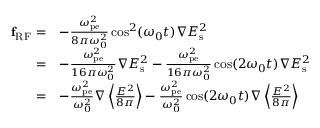
\begin{array} { r l } { \mathbf { f } _ { \mathrm { { R F } } } = } & { - \frac { \omega _ { \mathrm { p e } } ^ { 2 } } { 8 \pi \omega _ { 0 } ^ { 2 } } \cos ^ { 2 } ( \omega _ { 0 } t ) \boldsymbol \nabla { E } _ { \mathrm { s } } ^ { 2 } } \\ { = } & { - \frac { \omega _ { \mathrm { p e } } ^ { 2 } } { 1 6 \pi \omega _ { 0 } ^ { 2 } } \boldsymbol \nabla { E } _ { \mathrm { s } } ^ { 2 } - \frac { \omega _ { \mathrm { p e } } ^ { 2 } } { 1 6 \pi \omega _ { 0 } ^ { 2 } } \cos ( 2 \omega _ { 0 } t ) \boldsymbol \nabla { E } _ { \mathrm { s } } ^ { 2 } } \\ { = } & { - \frac { \omega _ { \mathrm { p e } } ^ { 2 } } { \omega _ { 0 } ^ { 2 } } \boldsymbol \nabla \left\langle \frac { { E } ^ { 2 } } { 8 \pi } \right\rangle - \frac { \omega _ { \mathrm { { p e } } } ^ { 2 } } { \omega _ { 0 } ^ { 2 } } \cos ( 2 \omega _ { 0 } t ) \boldsymbol \nabla \left\langle \frac { { E } ^ { 2 } } { 8 \pi } \right\rangle } \end{array}